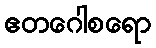
ဧတဂေါစရော